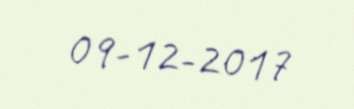
09-12-2017